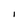
Character: I